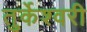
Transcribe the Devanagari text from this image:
तुर्केश्वरी